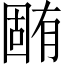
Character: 𣎏